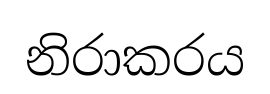
නිරාකරය